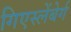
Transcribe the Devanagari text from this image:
गिएस्लेंबेर्ग